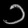
Digit: ၁